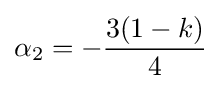
\alpha _{2}=-{\frac {3(1-k)}{4}}